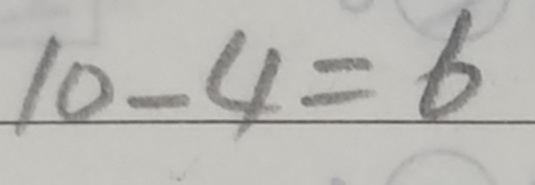
1 0 - 4 = 6